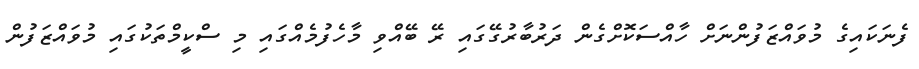
ފެނަކައިގެ މުވައްޒަފުންނަށް ހާއްސަކޮށްގެން ދަރުބާރުގޭގައި ރޭ ބޭއްވި މާހެފުމެއްގައި މި ސްކީމްތަކުގައި މުވައްޒަފުން